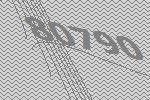
80790